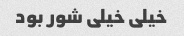
خیلی خیلی شور بود